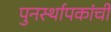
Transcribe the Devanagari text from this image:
पुनर्स्थापकांची